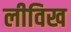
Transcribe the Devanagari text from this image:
लीविख